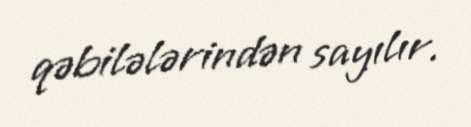
qəbilələrindən sayılır.